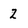
Character: 2